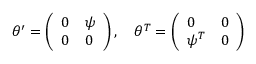
\theta ^ { \prime } = \left( \begin{array} { l l } { { 0 } } & { { \psi } } \\ { { 0 } } & { { 0 } } \end{array} \right) , \quad \theta ^ { T } = \left( \begin{array} { l l } { { 0 } } & { { 0 } } \\ { { \psi ^ { T } } } & { { 0 } } \end{array} \right)